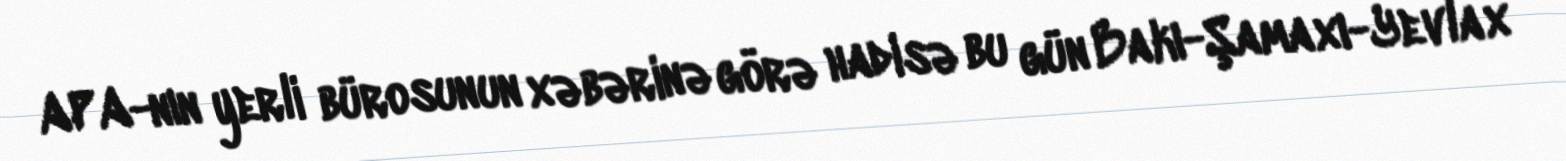
APA-nın yerli bürosunun xəbərinə görə hadisə bu gün Bakı-Şamaxı-Yevlax